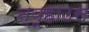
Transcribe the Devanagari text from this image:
न्यूहाउस